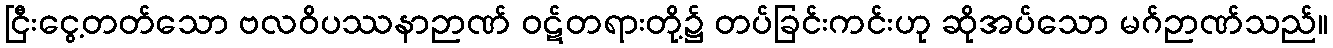
ငြီးငွေ့တတ်သော ဗလဝိပဿနာဉာဏ် ဝဋ်တရားတို့၌ တပ်ခြင်းကင်းဟု ဆိုအပ်သော မဂ်ဉာဏ်သည်။